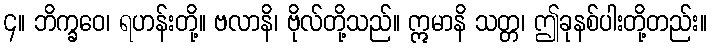
၄။ ဘိက္ခဝေ၊ ရဟန်းတို့။ ဗလာနိ၊ ဗိုလ်တို့သည်။ ဣမာနိ သတ္တ၊ ဤခုနစ်ပါးတို့တည်း။